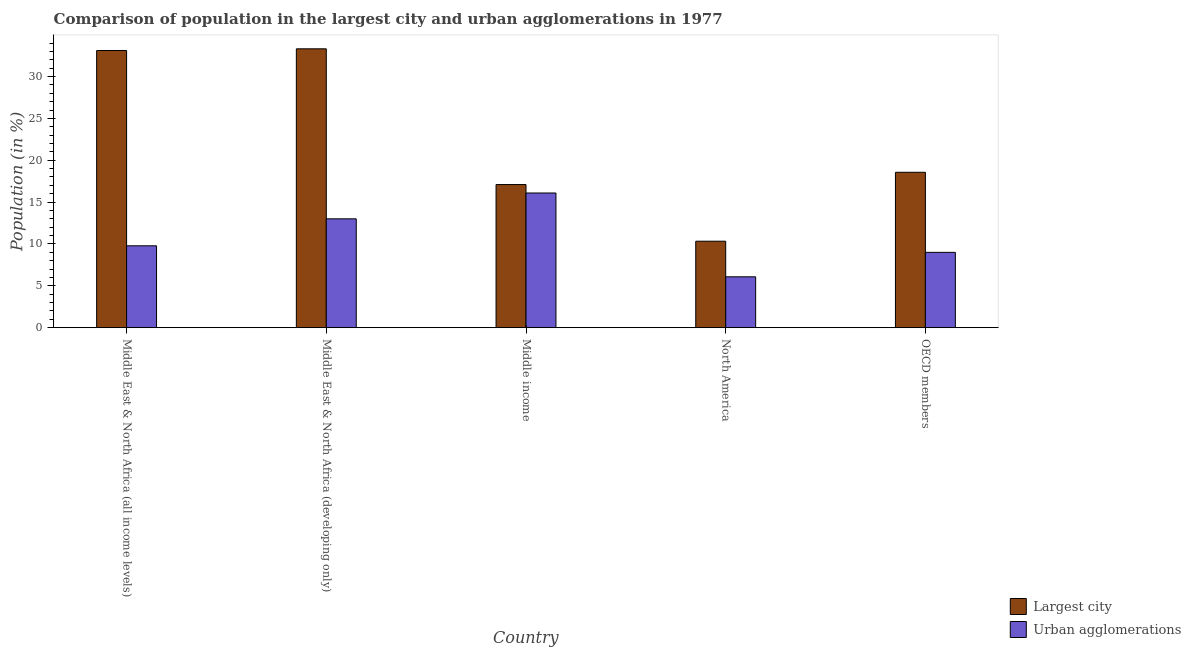
| Country | Largest city | Urban agglomerations |
 | --- | --- | --- |
 | Middle East & North Africa (all income levels) | 33.1 | 9.78 |
 | Middle East & North Africa (developing only) | 33.3 | 13 |
 | Middle income | 17.1 | 16.1 |
 | North America | 10.3 | 6.07 |
 | OECD members | 18.6 | 9 |